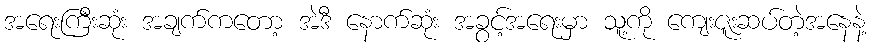
အရေးကြီးဆုံး အချက်ကတော့ အဲဒီ နောက်ဆုံး အခွင့်အရေးမှာ သူ့ကို ကျေးဇူးဆပ်တဲ့အနေနဲ့